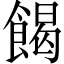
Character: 餲